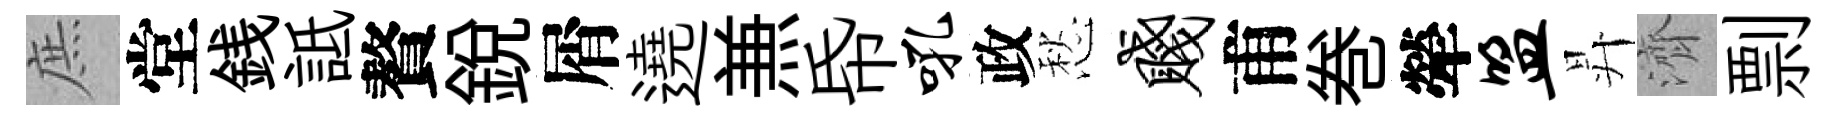
庶堂銭詆贅銳屑遶𠔥帋吼政愁贱甫巻犖盟昇濟剽